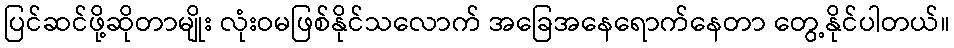
ပြင်ဆင်ဖို့ဆိုတာမျိုး လုံးဝမဖြစ်နိုင်သလောက် အခြေအနေရောက်နေတာ တွေ့နိုင်ပါတယ်။